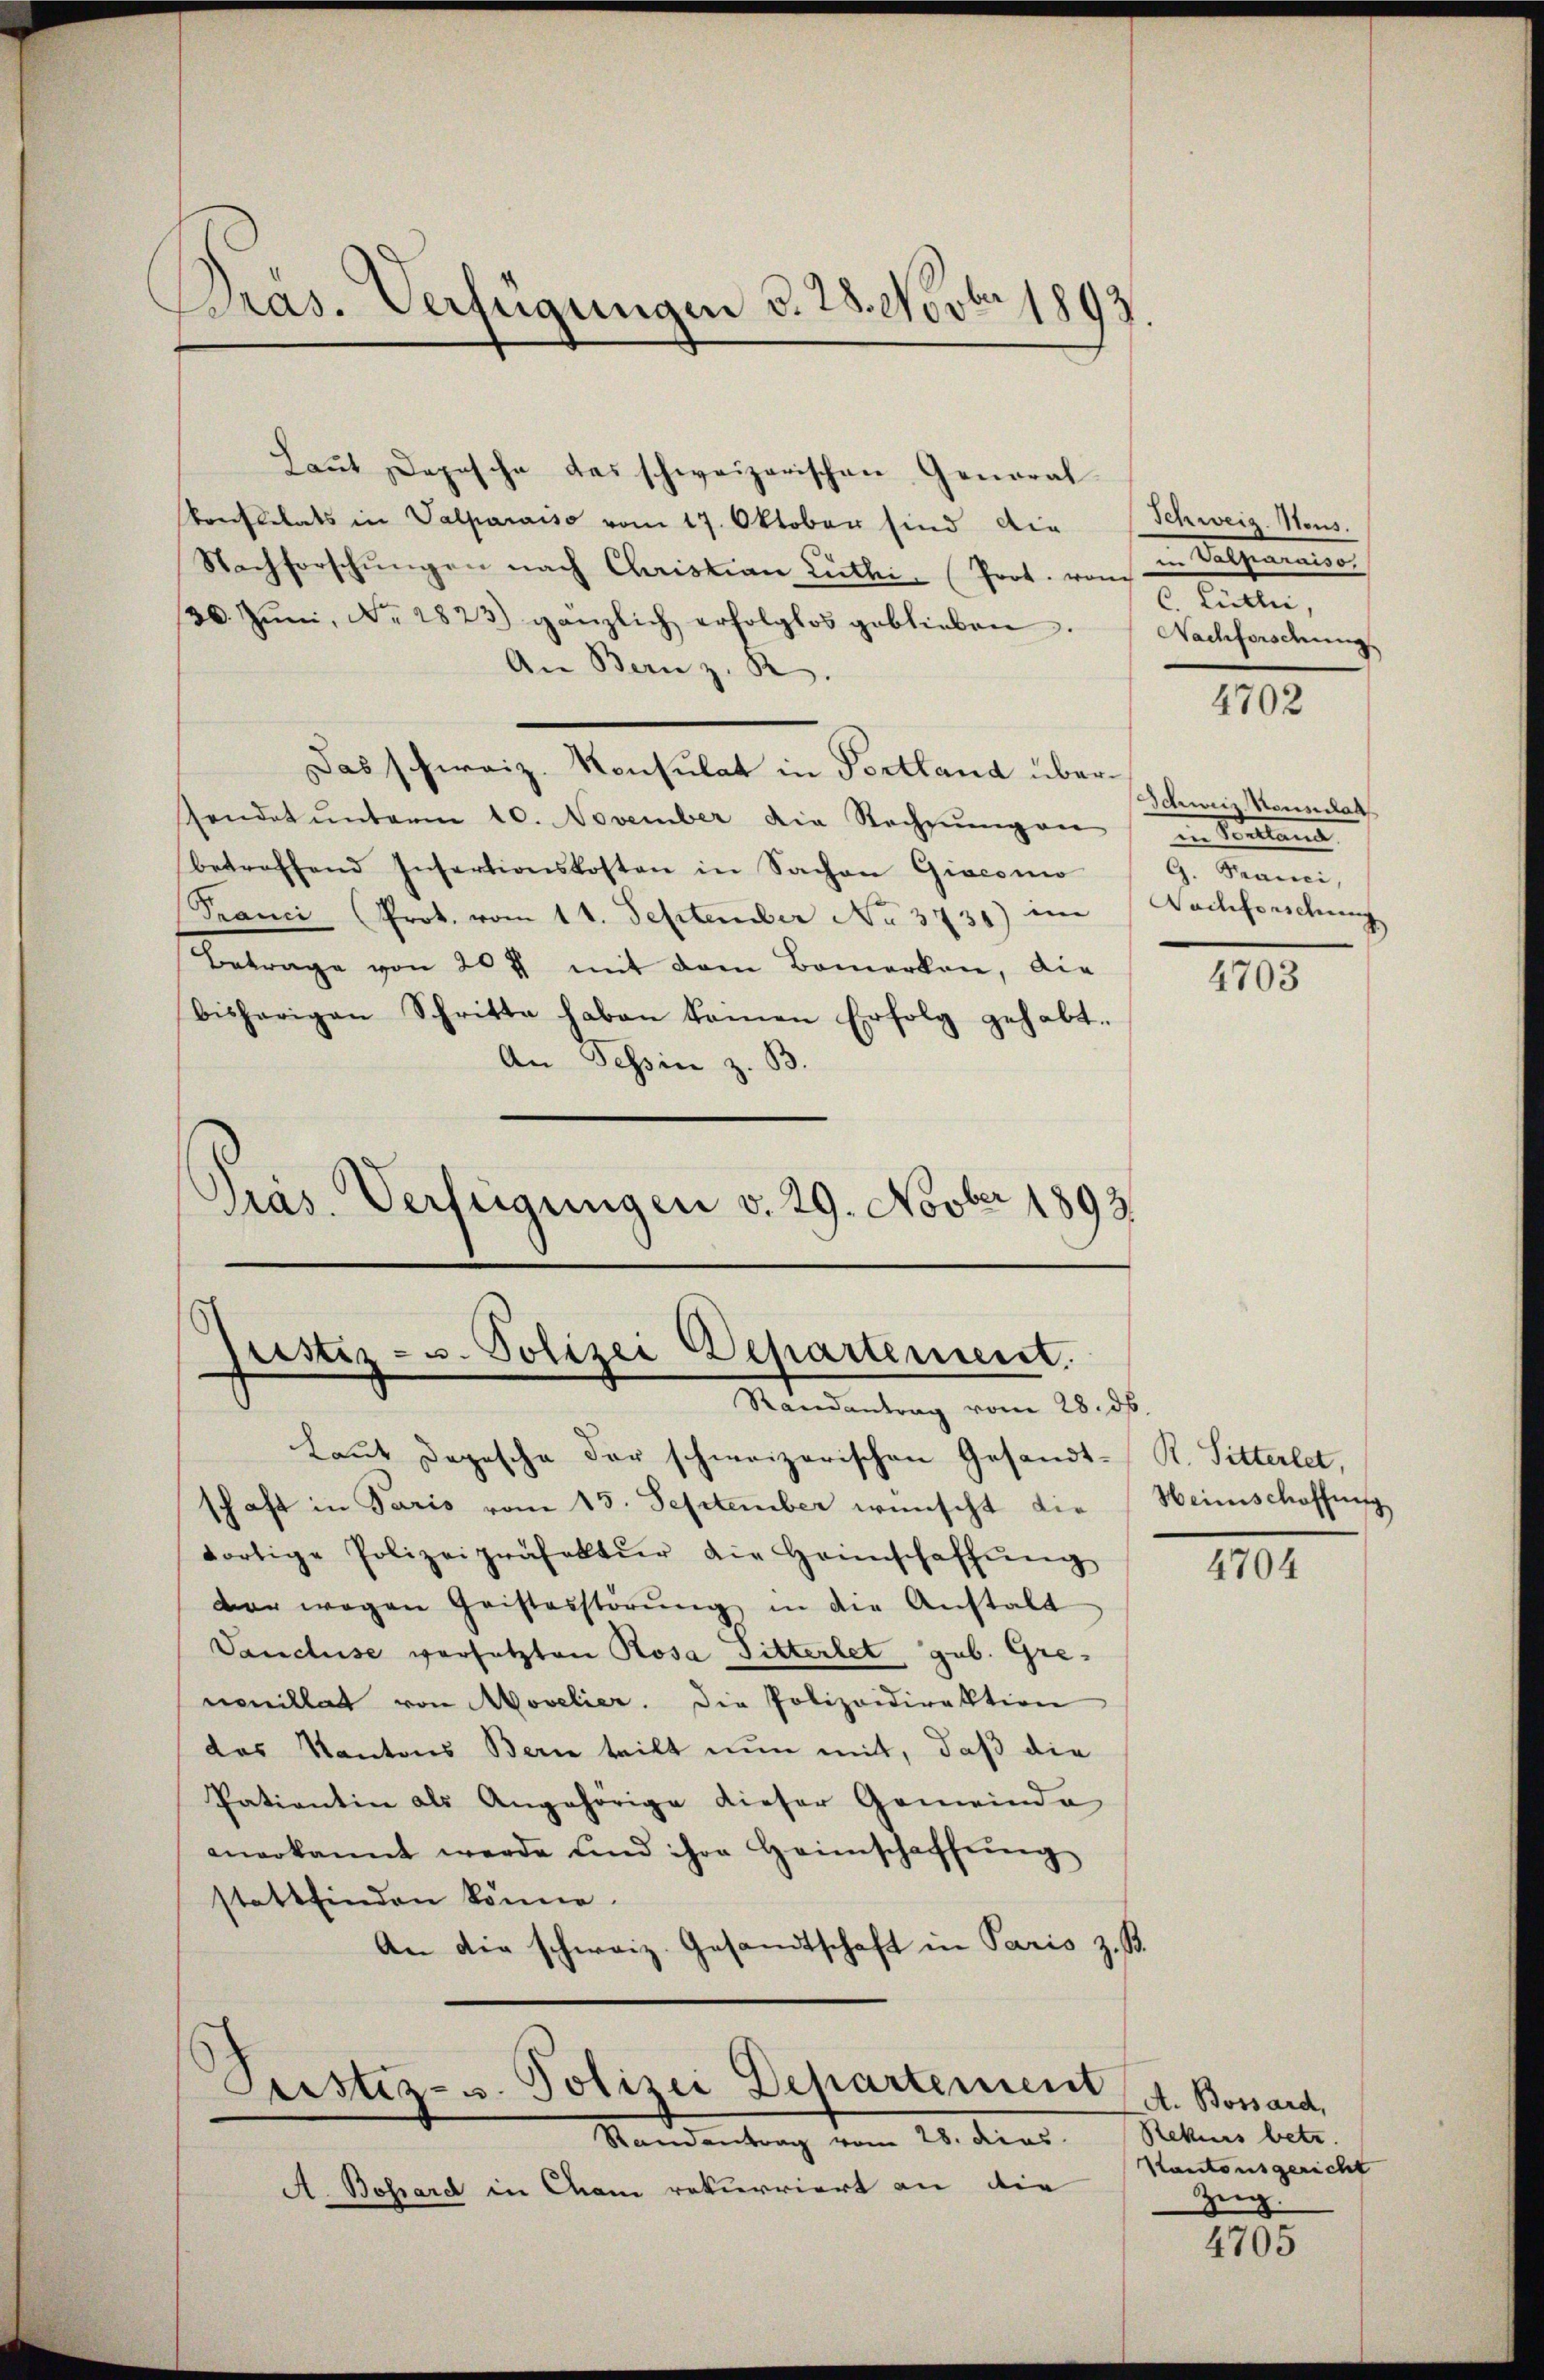
pras. Verfügungen d. 28. Novbr 1893.

Laut Depesche das schweizerischen Generalkonstitats in Valparaiso vom 17. Oktober sind die
Nachforschungen nach Christian Luthei Prof. Bonst Füller,
30. Jŭni, Nr. 2823) gänzlich erfolglos geblieben.
An Bern z. B.
Das schweiz. Konsulat in Portland überssendet unterm 10. November die Rechnŭngen in Verstand
betreffend Insartionskosten in Sachen Giacomo
Pranci Prot. vom 11. September No 3735) im
Betrage von 20 f mit dem Bemerken, die
bisherigen Schritte haben keinen Erfolg gehabt.
An Tessin z. B.
Präs. Verfügungen v. 29. Novber 1893.

Justiz- u. Polizei Departement.
Mandantung vom 15. d.

Laut Depesche der schweizerischen Gesandt-R. Sitterlet,
schaft in Paris vom 15. September wünscht die Heimschaffung
dortige Polizeipräfektur die Heimschaffŭng
der wegen Geistesstörŭng in die Anstalt
Vancuse versetzten Rosa Fitterlet gub. Grenouillat von Movelier. Die Polizeidirektion
das Kantons Berne teilt nun mit, daß die
Patientin als Angehörige dieser Gemeinde
anerkannt werde und ihre Heimschaffung
stattfinden könne.
An die schweiz. Gesandtschaft in Paris z. B.

Standentrag vom 28. dies
A. Bossard in Cham rekurriert an die

Justiz- u. Polizei Departement, A. Bossard,

Schweiz. Neus.
in Rathemann
Nachforsdung

4702

Schweiz Nouelat
G. Franci,
Nachforschung

4703

4704

Rekurs betr.
Kantonsgericht
Zug.

4705